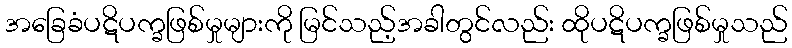
အခြေခံပဋိပက္ခဖြစ်မှုများကို မြင်သည့်အခါတွင်လည်း ထိုပဋိပက္ခဖြစ်မှုသည်